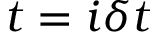
t = i \delta t